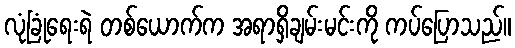
လုံခြုံရေးရဲ တစ်ယောက်က အရာရှိချမ်းမင်းကို ကပ်ပြောသည်။